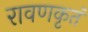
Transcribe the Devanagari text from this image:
रावणकृतं